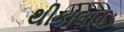
થીકાલાવડ